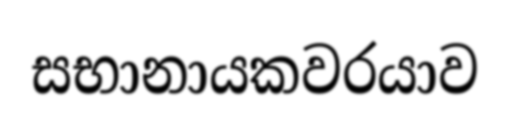
සභානායකවරයාව